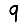
Digit: 9